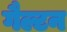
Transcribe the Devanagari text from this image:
गैल्टन